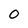
Character: 0